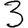
Digit: 3